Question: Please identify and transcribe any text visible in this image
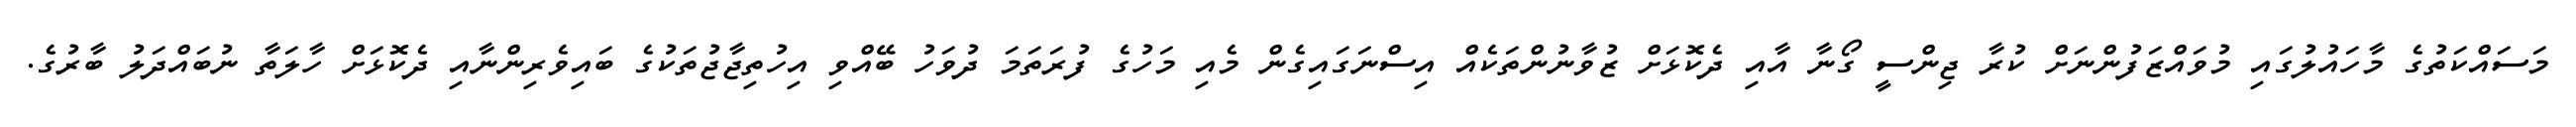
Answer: މަސައްކަތުގެ މާހައުލުގައި މުވައްޒަފުންނަށް ކުރާ ޖިންސީ ގޯނާ އާއި ދެކޮޅަށް ޒުވާނުންތަކެއް އިސްނަގައިގެން މެއި މަހުގެ ފުރަތަމަ ދުވަހު ބޭއްވި އިހުތިޖާޖުތަކުގެ ބައިވެރިންނާއި ދެކޮޅަށް ހާލަތާ ނުބައްދަލު ބާރުގެ.